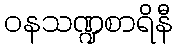
ဝနသဏ္ဍစာရိနီ